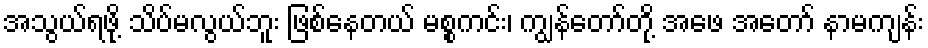
အသွယ်ရဖို့ သိပ်မလွယ်ဘူး ဖြစ်နေတယ် မစ္စကင်း၊ ကျွန်တော်တို့ အဖေ အတော် နာမကျန်း